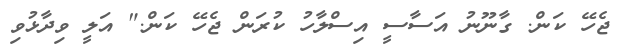
ޖެހޭ ކަން. ގާނޫނު އަސާސީ އިސްލާހު ކުރަން ޖެހޭ ކަން." އަލީ ވިދާޅުވި